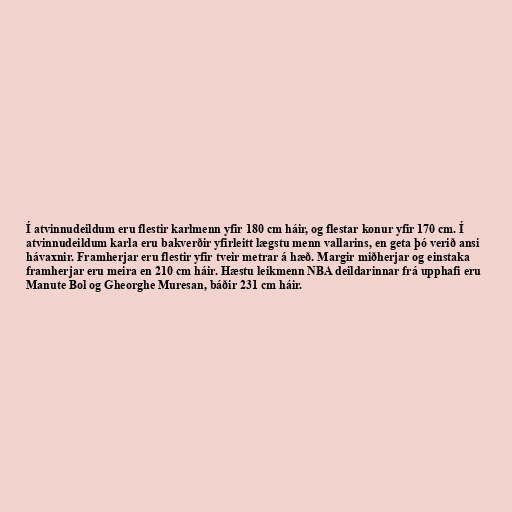
Í atvinnudeildum eru flestir karlmenn yfir 180 cm háir, og flestar konur yfir 170 cm. Í
atvinnudeildum karla eru bakverðir yfirleitt lægstu menn vallarins, en geta þó verið ansi
hávaxnir. Framherjar eru flestir yfir tveir metrar á hæð. Margir miðherjar og einstaka
framherjar eru meira en 210 cm háir. Hæstu leikmenn NBA deildarinnar frá upphafi eru
Manute Bol og Gheorghe Muresan, báðir 231 cm háir.